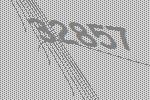
32857